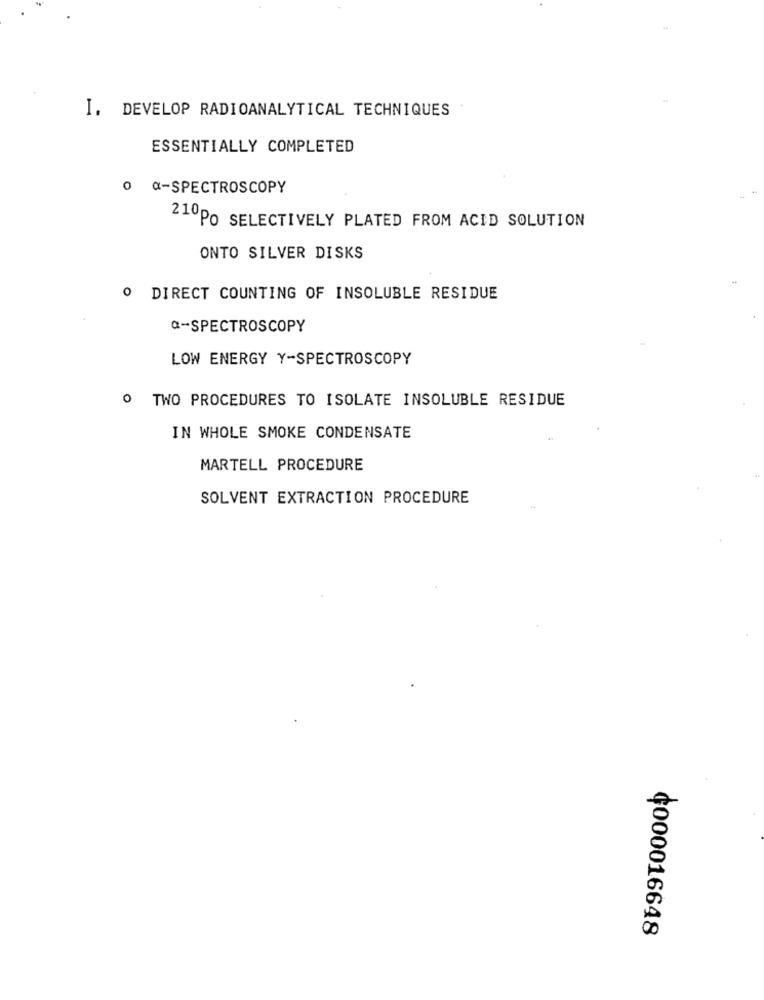
I. DEVELOP RADIOANALYTICAL TECHNIQUES
ESSENTIALLY COMPLETED
0 a-SPECTROSCOPY
210PO SELECTIVELY PLATED FROM ACID SOLUTION
ONTO SILVER DISKS
O DIRECT COUNTING OF INSOLUBLE RESIDUE
a-SPECTROSCOPY
LOW ENERGY Y-SPECTROSCOPY
O TWO PROCEDURES TO ISOLATE INSOLUBLE RESIDUE
IN WHOLE SMOKE CONDENSATE
MARTELL PROCEDURE
SOLVENT EXTRACTION PROCEDURE
¢000016648